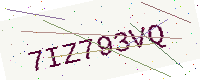
Text: 7IZ793VQ